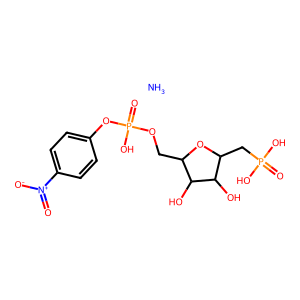
SMILES: N.O=[N+]([O-])c1ccc(OP(=O)(O)OCC2OC(CP(=O)(O)O)C(O)C2O)cc1
Inhibits HIV replication: No